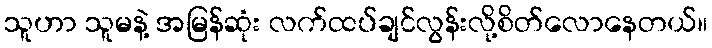
သူဟာ သူမနဲ့ အမြန်ဆုံး လက်ထပ်ချင်လွန်းလို့စိတ်လောနေတယ်။